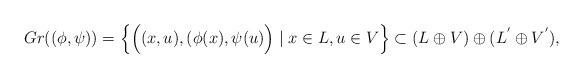
LaTeX: \begin{align*} Gr((\phi,\psi))=\Big\{\Big((x,u),(\phi(x),\psi(u)\Big)\;|\; x\in L,u\in V \Big\} \subset (L \oplus V)\oplus (L^{'}\oplus V^{'}),\end{align*}